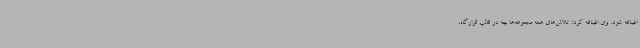
اضافه شود. وی اضافه کرد: تلاش‌های همه مجموعه‌ها چه در قالب قرارگاه،